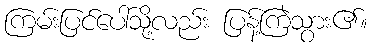
ကြမ်းပြင်ပေါ်သို့လည်း ပြန့်ကြဲသွား၏။